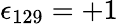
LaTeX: \epsilon_{129}=+1